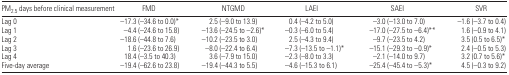
<table><thead><tr><td><b>PM<sub>2.5</sub> days before clinical measurement</b></td><td><b>FMD</b></td><td><b>NTGMD</b></td><td><b>LAEI</b></td><td><b>SAEI</b></td><td><b>SVR</b></td></tr></thead><tbody><tr><td>Lag 0</td><td>−17.3 (−34.6 to 0.0)*</td><td>2.5 (−9.0 to 13.9)</td><td>0.4 (−4.2 to 5.0)</td><td>−3.0 (−13.0 to 7.0)</td><td>−1.6 (−3.7 to 0.4)</td></tr><tr><td>Lag 1</td><td>−4.4 (−24.6 to 15.8)</td><td>−13.6 (−24.5 to −2.6)*</td><td>−0.3 (−6.0 to 5.4)</td><td>−17.0 (−27.5 to −6.4)**</td><td>1.6 (−0.9 to 4.1)</td></tr><tr><td>Lag 2</td><td>−18.6 (−44.8 to 7.6)</td><td>−10.2 (−23.5 to 3.0)</td><td>2.5 (−4.3 to 9.4)</td><td>−9.7 (−23.5 to 4.2)</td><td>3.5 (0.5 to 6.5)*</td></tr><tr><td>Lag 3</td><td>1.6 (−23.6 to 26.9)</td><td>−8.0 (−22.4 to 6.4)</td><td>−7.3 (−13.5 to −1.1)*</td><td>−15.1 (−29.3 to −0.9)*</td><td>2.4 (−0.5 to 5.3)</td></tr><tr><td>Lag 4</td><td>18.4 (−3.5 to 40.3)</td><td>3.6 (−7.9 to 15.0)</td><td>−2.3 (−8.0 to 3.3)</td><td>−2.1 (−14.0 to 9.7)</td><td>3.2 (0.7 to 5.6)*</td></tr><tr><td>Five-day average</td><td>−19.4 (−62.6 to 23.8)</td><td>−19.4 (−44.3 to 5.5)</td><td>−4.6 (−15.3 to 6.1)</td><td>−25.4 (−45.4 to −5.3)*</td><td>4.5 (−0.3 to 9.2)</td></tr></tbody></table>